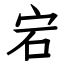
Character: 宕